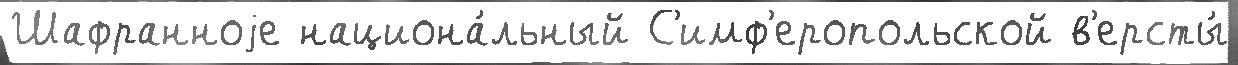
Шафранноjе национа́льный С'имф'еропольской в'ерсты́